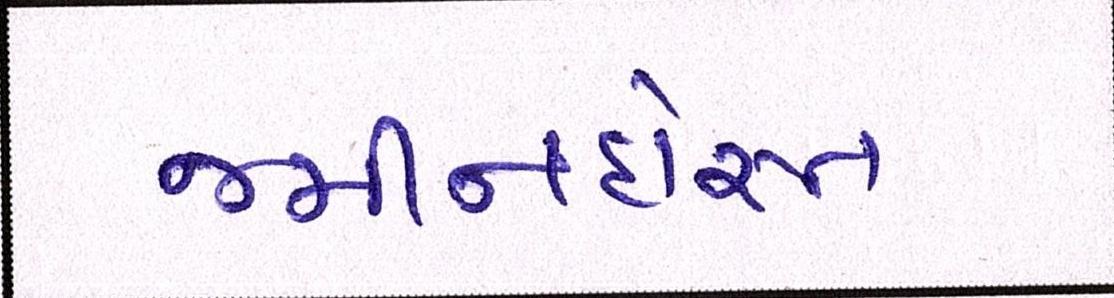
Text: જમીનદોસ્ત